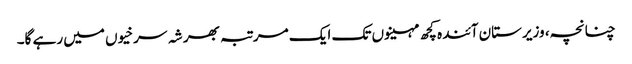
چنانچہ، وزیرستان آئندہ کچھ مہینوں تک ایک مرتبہ بھر شہ سرخیوں میں رہے گا۔